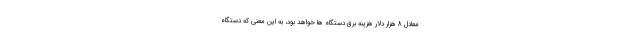
معادل 8 هزار دلار هزینه برق دستگاه ها خواهد بود، به این معنی که دستگاه